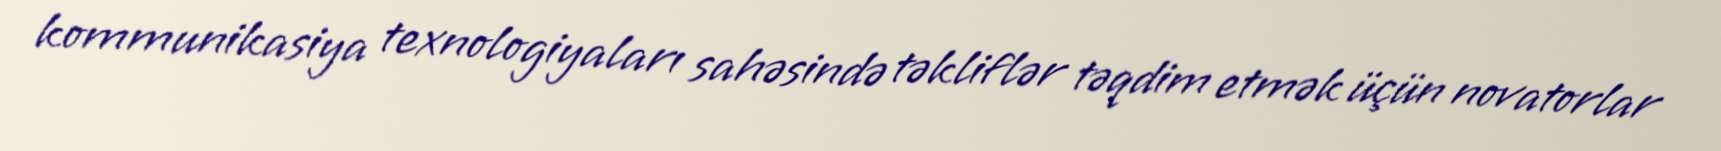
kommunikasiya texnologiyaları sahəsində təkliflər təqdim etmək üçün novatorlar